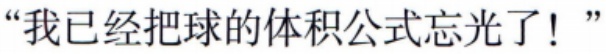
“我已经把球的体积公式忘光了！”